Rangoon Lunatic Asylum 1878-1892 - 1878-1892
Year: 1878
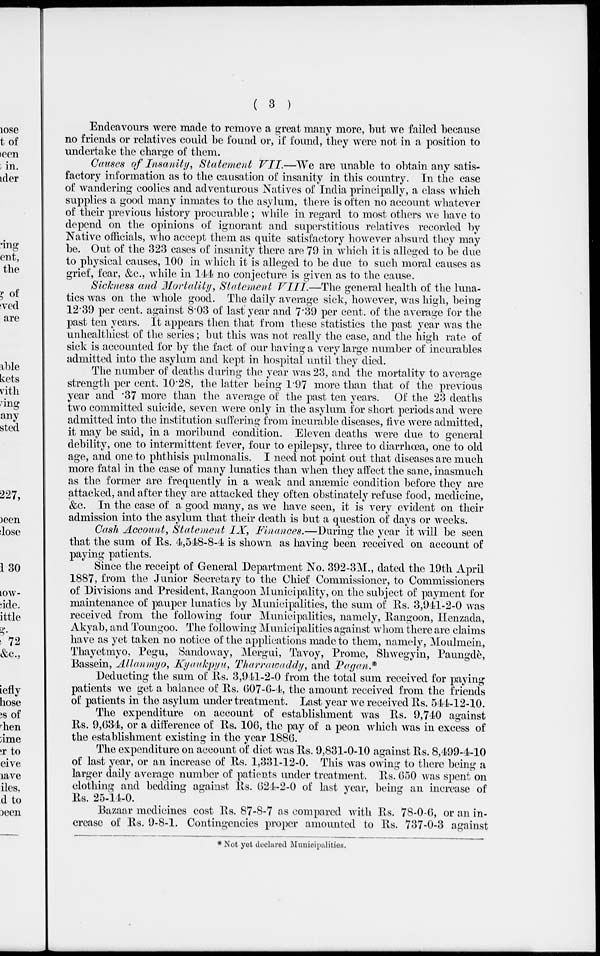
( 3 )
Endeavours were made to remove a great many more, but we failed because
no friends or relatives could be found or, if found, they were not in a position to
undertake the charge of them.
Causes of Insanity, Statement VII.—We are unable to obtain any satis-
factory information as to the causation of insanity in this country. In the case
of wandering coolies and adventurous Natives of India principally, a class which
supplies a good many inmates to the asylum, there is often no account whatever
of their previous history procurable ; while in regard to most others we have to
depend on the opinions of ignorant and superstitious relatives recorded by
Native officials, who accept them as quite satisfactory however absurd they may
be. Out of the 323 cases of insanity there are 79 in which it is alleged to be due
to physical causes, 100 in which it is alleged to be due to such moral causes as
grief, fear, &c., while in 144 no conjecture is given as to the cause.
Sickness and Mortality, Statement VIII.—The general health of the luna-
tics was on the whole good. The daily average sick, however, was high, being
12.39 per cent. against 8.03 of last year and 7.39 per cent. of the average for the
past ten years. It appears then that from these statistics the past year was the
unhealthiest of the series; but this was not really the case, and the high rate of
sick is accounted for by the fact of our having a very large number of incurables
admitted into the asylum and kept in hospital until they died.
The number of deaths during the year was 23, and the mortality to average
strength per cent. 10.28, the latter being 1.97 more than that of the previous
year and .37 more than the average of the past ten years. Of the 23 deaths
two committed suicide, seven were only in the asylum for short periods and were
admitted into the institution suffering from incurable diseases, five were admitted,
it may be said, in a moribund condition. Eleven deaths were due to general
debility, one to intermittent fever, four to epilepsy, three to diarrhœa, one to old
age, and one to phthisis pulmonalis. I need not point out that diseases are much
more fatal in the case of many lunatics than when they affect the sane, inasmuch
as the former are frequently in a weak and anæmic condition before they are
attacked, and after they are attacked they often obstinately refuse food, medicine,
&c. In the case of a good many, as we have seen, it is very evident on their
admission into the asylum that their death is but a question of days or weeks.
Cash Account, Statement IX, Finances.—During the year it will be seen
that the sum of Rs. 4,548-8-4 is shown as having been received on account of
paying patients.
Since the receipt of General Department No. 392-3M., dated the 19th April
1887, from the Junior Secretary to the Chief Commissioner, to Commissioners
of Divisions and President, Rangoon Municipality, on the subject of payment for
maintenance of pauper lunatics by Municipalities, the sum of Rs. 3,941-2-0 was
received from the following four Municipalities, namely, Rangoon, Henzada,
Akyab, and Toungoo. The following Municipalities against whom there are claims
have as yet taken no notice of the applications made to them, namely, Moulmein,
Thayetmyo, Pegu, Sandoway, Mergui, Tavoy, Prome, Shwegyin, Paungdè
Bassein, Allanmyo, Kyaukpyu, Tharrawaddy, and Pagan.*
Deducting the sum of Rs. 3,941-2-0 from the total sum received for paying
patients we get a balance of Rs. 607-6-4, the amount received from the friends
of patients in the asylum under treatment. Last year we received Rs. 544-12-10.
The expenditure on account of establishment was Rs. 9,740 against
Rs. 9,634, or a difference of Rs. 106, the pay of a peon which was in excess of
the establishment existing in the year 1886.
The expenditure on account of diet was Rs. 9,831-0-10 against Rs. 8,499-4-10
of last year, or an increase of Rs. 1,331-12-0. This was owing to there being a
larger daily average number of patients under treatment. Rs. 650 was spent on
clothing and bedding against Rs. 624-2-0 of last year, being an increase of
Rs. 25-14-0.
Bazaar medicines cost Rs. 87-8-7 as compared with Rs. 78-0-6, or an in-
crease of Rs. 9-8-1. Contingencies proper amounted to Rs. 737-0-3 against
* Not yet declared Municipalities.